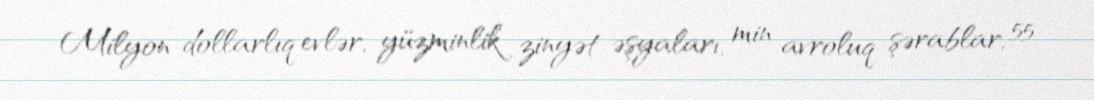
Milyon dollarlıq evlər, yüzminlik zinyət əşyaları, min avroluq şərablar, 55